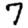
Digit: 7